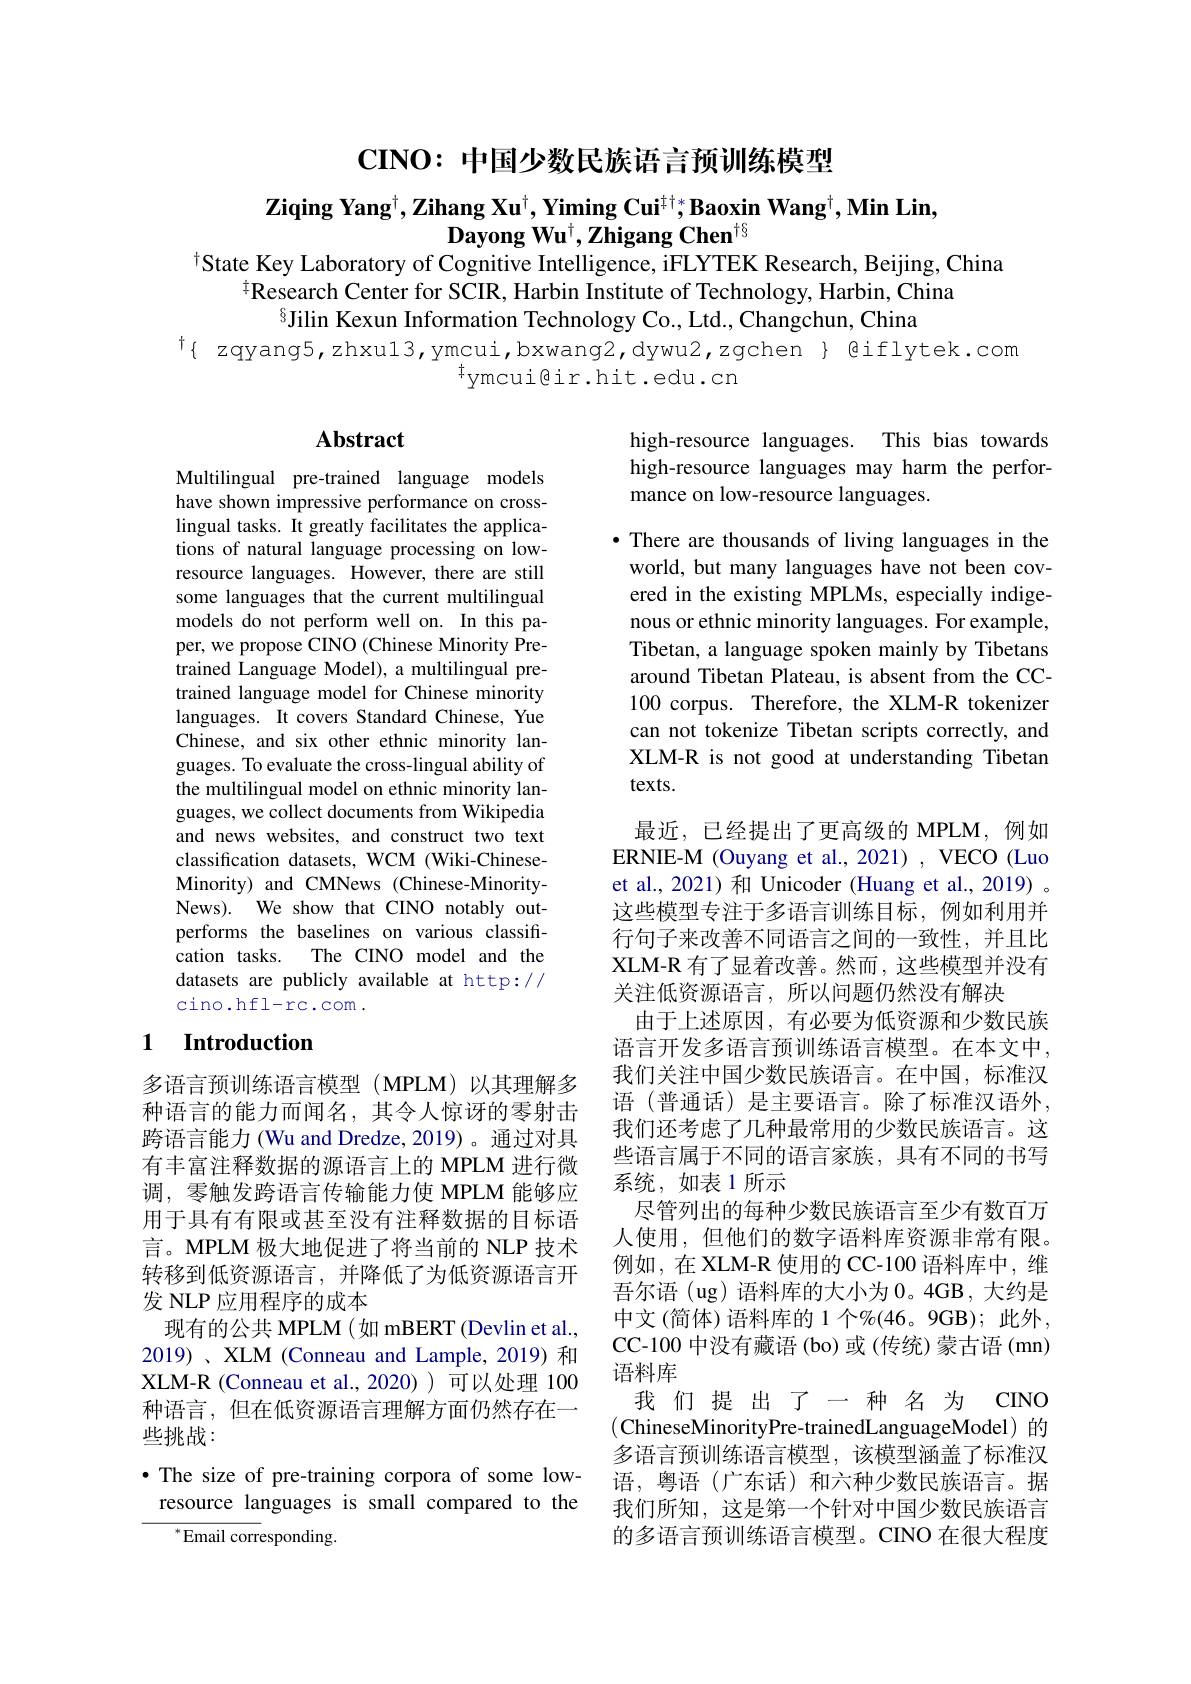
$\mathbf{CINO:}$中国少数民族语言预训练模型

# $\textbf{Ziqing Yang}^\dagger , \textbf{Zihang Xu}^\dagger , \textbf{Yiming Cui}^{\dagger \dagger * }\textbf{Baoxin Wang}^\dagger , \textbf{Min Lin}$, $\tilde{\textbf{Dayong Wu}^\dagger},\tilde{\textbf{Zhigang Chen}^{\dagger§}}$ $^{\dagger}$State Key Laboratory of Cognitive Intelligence, iFLYTEK Research, Beijing, China

$^{\ddagger}$Research Center for SCIR, Harbin Institute of Technology, Harbin, China
$^{8}$Jilin Kexun Information Technology Co., Ltd., Changchun, China
$^{\dagger}\{$ zqyang5,zhxu13,ymcui,bxwang2,dywu2,zgchen $\}$ @iflytek.com
$^{\dagger}$ymcui@ir.hit.edu.cn

## Abstract

high-resource languages. This bias towards high-resource languages may harm the performance on low-resource languages.

·There are thousands of living languages in the world, but many languages have not been covered in the existing MPLMs, especially indigenous or ethnic minority languages. For example, Tibetan, a language spoken mainly by Tibetans around Tibetan Plateau, is absent from the CC- 100 corpus. Therefore, the XLM-R tokenizer can not tokenize Tibetan scripts correctly, and XLM-R is not good at understanding Tibetan $texts.$

Multilingual pre-trained language models have shown impressive performance on crosslingual tasks. It greatly facilitates the applications of natural language processing on lowresource languages. However, there are still some languages that the current multilingual models do not perform well on. In this paper, we propose CINO (Chinese Minority Pretrained Language Model), a multilingual pretrained language model for Chinese minority languages. It covers Standard Chinese, Yue Chinese, and six other ethnic minority languages. To evaluate the cross-lingual ability of the multilingual model on ethnic minority languages, we collect documents from Wikipedia and news websites, and construct two text classification datasets, WCM (Wiki-ChineseMinority) and CMNews (Chinese-MinorityNews). We show that CINO notably outperforms the baselines on various classification tasks. The CINO model and the datasets are publicly available at http:// $\operatorname{cino.hfl-rc.com}.$

最近，已经提出了更高级的 MPLM,例如ERNIE-M (Ouyang et al., 2021) , VECO (Luo et al., 2021) 和 Unicoder (Huang et al., 2019) 。这些模型专注于多语言训练目标，例如利用并行句子来改善不同语言之间的一致性，并且比XLM-R 有了显着改善。然而，这些模型并没有关注低资源语言，所以问题仍然没有解决
由于上述原因，有必要为低资源和少数民族语言开发多语言预训练语言模型。在本文中， 我们关注中国少数民族语言。在中国，标准汉语 (普通话) 是主要语言。除了标准汉语外， 我们还考虑了几种最常用的少数民族语言。这些语言属于不同的语言家族，具有不同的书写系统，如表 1 所示
尽管列出的每种少数民族语言至少有数百万人使用，但他们的数字语料库资源非常有限。例如，在 XLM-R 使用的 CC-100 语料库中，维吾尔语(ug)语料库的大小为0。4GB,大约是中文(简体)语料库的 1 个$\%(46。9$GB);此外， CC-100 中没有藏语 (bo) 或 (传统) 蒙古语 (mn) 语料库
我们提出了一种名为 CINC (ChineseMinorityPre-trainedLanguageModel)的多语言预训练语言模型，该模型涵盖了标准汉语，粤语(广东话)和六种少数民族语言。据我们所知，这是第一个针对中国少数民族语言的多语言预训练语言模型。CINO 在很大程度

### 1 Introduction

多语言预训练语言模型(MPLM)以其理解多种语言的能力而闻名，其令人惊讶的零射击跨语言能力(Wu and Dredze, 2019)。通过对具有丰富注释数据的源语言上的 MPLM 进行微调，零触发跨语言传输能力使 MPLM 能够应用于具有有限或甚至没有注释数据的目标语言。MPLM 极大地促进了将当前的 NLP 技术转移到低资源语言，并降低了为低资源语言开发 NLP 应用程序的成本
现有的公共 MPLM (如 mBERT (Devlin et al., 2019)、XLM (Conneau and Lample, 2019) 和XLM-R (Conneau et al., 2020) 可以处理 100种语言，但在低资源语言理解方面仍然存在一些挑战：
$\bullet$ The size of pre-training corpora of some low-

resource languages is small compared to the
${^*}{\mathrm{Email~corresponding}}$